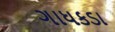
ગાધકડા